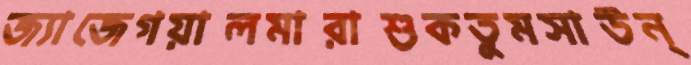
জ্যাজেগয়ালমারাশুকতুমসাউন্